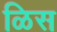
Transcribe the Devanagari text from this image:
ळिस